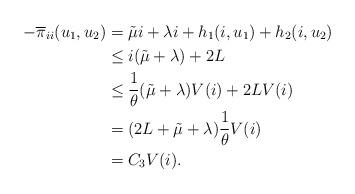
LaTeX: \begin{align*}-\overline{\pi}_{ii}(u_1,u_2)&=\tilde{\mu} i+\lambda i+h_1(i,u_1)+h_2(i,u_2)\\&\leq i(\tilde{\mu}+\lambda)+2L\\&\leq \frac{1}{\theta}(\tilde{\mu}+\lambda) V(i)+2L V(i)\\&=(2L+\tilde{\mu}+\lambda)\frac{1}{\theta} V(i)\\&=C_3 V(i).\end{align*}